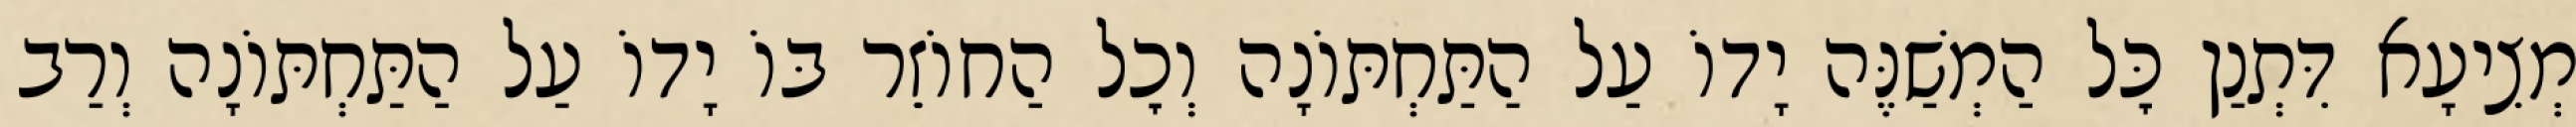
מְצִיעָא דִּתְנַן כׇּל הַמְשַׁנֶּה יָדוֹ עַל הַתַּחְתּוֹנָה וְכׇל הַחוֹזֵר בּוֹ יָדוֹ עַל הַתַּחְתּוֹנָה וְרַב